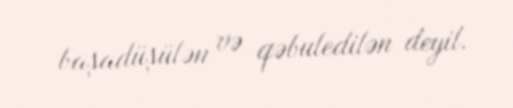
başadüşülən və qəbuledilən deyil.